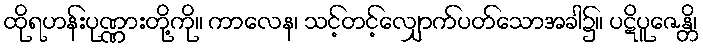
ထိုရဟန်းပုဏ္ဏားတို့ကို။ ကာလေန၊ သင့်တင့်လျှောက်ပတ်သောအခါ၌။ ပဋိပူဇေန္တိ၊